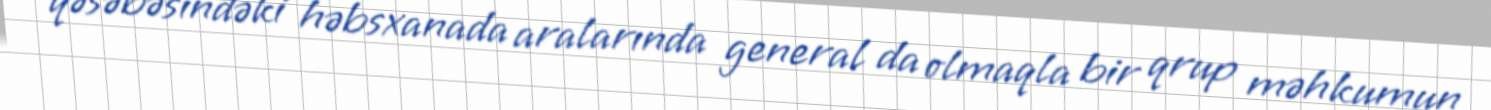
qəsəbəsindəki həbsxanada aralarında general da olmaqla bir qrup məhkumun